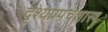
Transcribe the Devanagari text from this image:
दृश्यप्रपंचशास्त्र